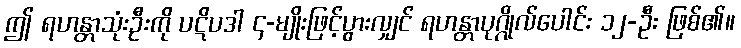
ဤ ရဟန္တာသုံးဦးကို ပဋိပဒါ ၄-မျိုးဖြင့်ပွားလျှင် ရဟန္တာပုဂ္ဂိုလ်ပေါင်း ၁၂-ဦး ဖြစ်၏။